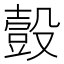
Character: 𧯸